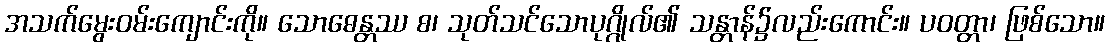
အသက်မွေးဝမ်းကျောင်းကို။ သောဓေန္တဿ စ၊ သုတ်သင်သောပုဂ္ဂိုလ်၏ သန္တာန်၌လည်းကောင်း။ ပဝတ္တာ၊ ဖြစ်သော။